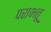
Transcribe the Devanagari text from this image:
पराभतू